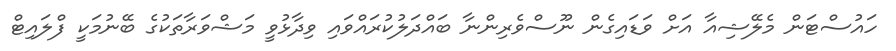
ހައުސްޓަން މެލޭޝިއާ އަށް ވަޑައިގެން ނޫސްވެރިންނާ ބައްދަލުކުރައްވައި ވިދާޅުވީ މަޝްވަރާތަކުގެ ބޭނުމަކީ ފްލައިޓް